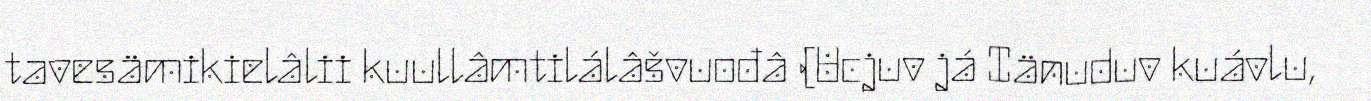
tavesämikielâlii kuullâmtilálâšvuođâ (Ucjuv já Iänuduv kuávlu,